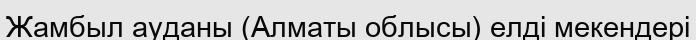
Жамбыл ауданы (Алматы облысы) елді мекендері